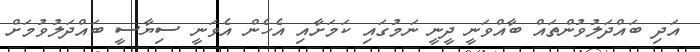
އަދި ބައްދަލުވުންތައް ބާއްވަނީ ދީނީ ނަމުގައި ކަމަށާއި އެހެން އެވަނީ ސިޔާސީ ބައްދަލުވުމަށް